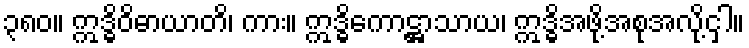
၃၈၀။ ဣဒ္ဓိဝိဓာယာတိ၊ ကား။ ဣဒ္ဓိကောဋ္ဌာသာယ၊ ဣဒ္ဓိအဖို့အစုအလို့ငှါ။